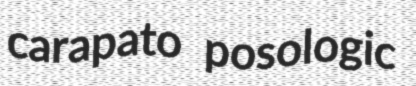
carapato posologic